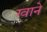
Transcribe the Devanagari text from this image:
ग्वाने